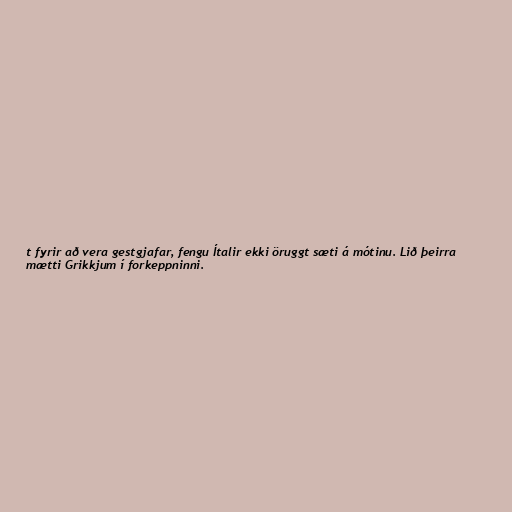
t fyrir að vera gestgjafar, fengu Ítalir ekki öruggt sæti á mótinu. Lið þeirra
mætti Grikkjum í forkeppninni.